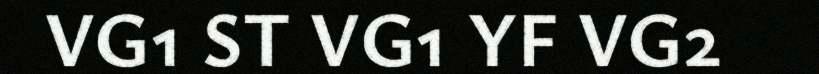
VG1 ST VG1 YF VG2